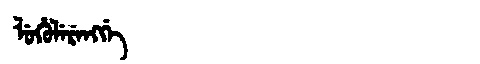
Manchu: ᠯᡠᡥᡠᠯᡝᡵᡝᠩᡤᡝ
Romanization: LUHULERENGGE